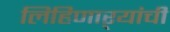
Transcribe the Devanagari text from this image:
लिहिणाऱ्यांची